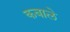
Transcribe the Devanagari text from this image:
कबाले